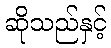
ဆိုသည်နှင့်